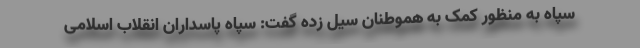
سپاه به منظور کمک به هموطنان سیل زده گفت: سپاه پاسداران انقلاب اسلامی